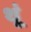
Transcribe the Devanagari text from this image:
थूं